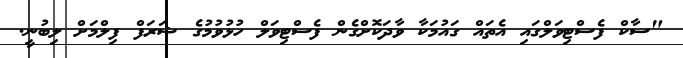
"ސާކް ފެސްޓިވަލްގައި އެތައް ގައުމަކާ ވާދަކޮށްގެން ފެސްޓިވަލް ހުޅުވުމުގެ ޝަރަފް ފިލްމަށް ލިބުނީ.